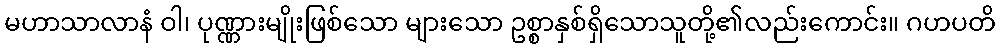
မဟာသာလာနံ ဝါ၊ ပုဏ္ဏားမျိုးဖြစ်သော များသော ဥစ္စာနှစ်ရှိသောသူတို့၏လည်းကောင်း။ ဂဟပတိ